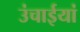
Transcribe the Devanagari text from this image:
उंचाईयां